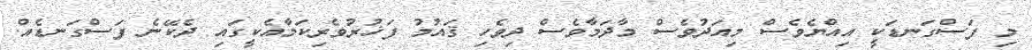
މި ފަސްގަނޑަކީ އިއްޔެވެސް މިއަދުވެސް މާދަމާވެސް ދިވެހި ޤައުމު ފަޚުރުވެރިކަމާއެކީގައި ދެކޭނެ ފަސްގަނޑެއް.